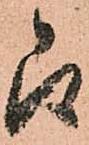
即